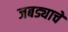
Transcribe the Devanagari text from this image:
जबड्याचे